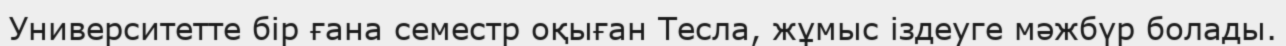
Университетте бір ғана семестр оқыған Тесла, жұмыс іздеуге мәжбүр болады.